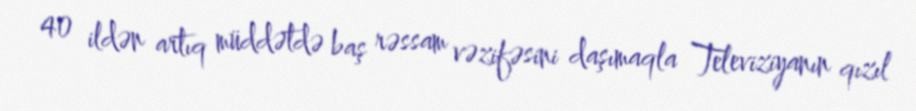
40 ildən artıq müddətdə baş rəssam vəzifəsini daşımaqla Televiziyanın qızıl